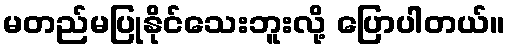
မတည်မပြုနိုင်သေးဘူးလို့ ပြောပါတယ်။